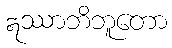
ဣဿာဘိဘူတော